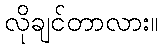
လိုချင်တာလား။